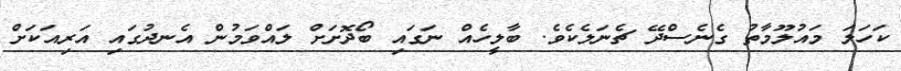
ކަހަލަ މައުލޫމާތު ގެނެސްދޭ ޗެނަލެކެވެ. ބާލީހެއް ނަގައި ބޯދޮށަށް ލައްވަމުން އެނދުގައި އަރިއަކަށް